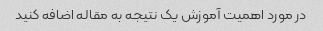
در مورد اهمیت آموزش یک نتیجه به مقاله اضافه کنید